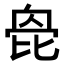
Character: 𣬌